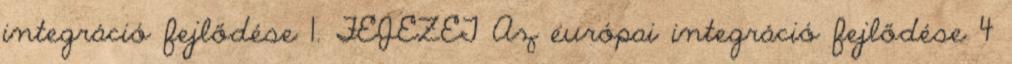
integráció fejlődése 1. FEJEZET Az európai integráció fejlődése 4